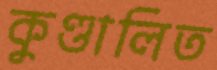
কুণ্ডালিত